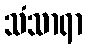
သံသာရာ